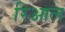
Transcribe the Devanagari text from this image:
रिआल